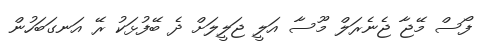
ފޯސް މޭޖާ ޖެނެރަލް މޫސާ އަލީ ޖަލީލަށް ދެ ބޭފުޅަކު ރޭ އަނގަބަހުން